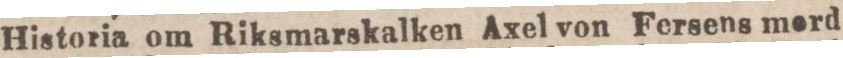
Historia om Riksmarskalken Axel von Fersens merd